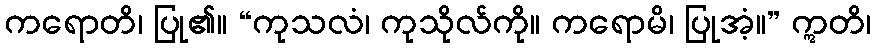
ကရောတိ၊ ပြု၏။ “ကုသလံ၊ ကုသိုလ်ကို။ ကရောမိ၊ ပြုအံ့။” ဣတိ၊